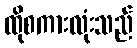
ထိုစကားလုံးသည်